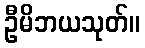
ဦမိဘယသုတ်။